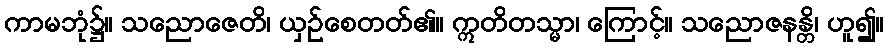
ကာမဘုံ၌။ သညောဇေတိ၊ ယှဉ်စေတတ်၏။ ဣတိတသ္မာ၊ ကြောင့်။ သညောဇနန္တိ၊ ဟူ၍။